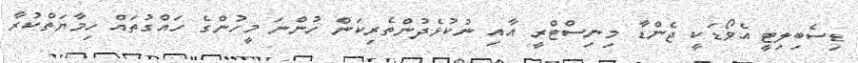
ޑިސެބިލިޓީ އެވޯޑަކީ ޖެންޑާ މިނިސްޓްރީ އާއި ނުކުޅެދުންތެރިކަން ހުންނަ މީހުންގެ ހައްގުތައް ހިމާޔަތްކުރާ